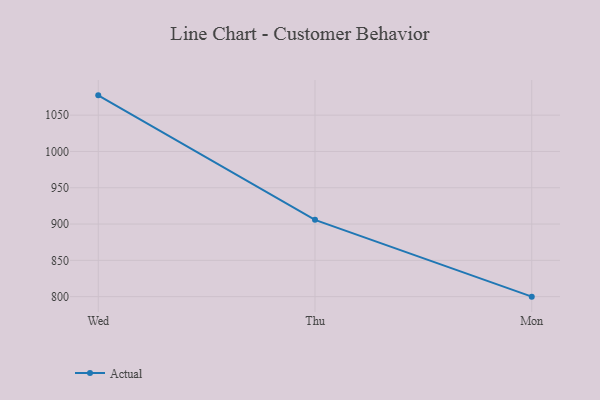
{"axis": {"x": "Day", "y": "Waste Production (Tons)"}, "legend": ["Actual"], "data": [{"x": "Wed", "y": 1077.3, "type": "Actual"}, {"x": "Thu", "y": 905.8, "type": "Actual"}, {"x": "Mon", "y": 800, "type": "Actual"}]}